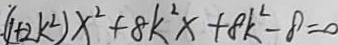
( 1 + 2 k ^ { 2 } ) x ^ { 2 } + 8 k ^ { 2 } x + 8 k ^ { 2 } - 8 = 0